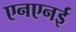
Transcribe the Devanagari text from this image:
एनएनई